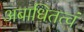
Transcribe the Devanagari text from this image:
अबाधितत्वं